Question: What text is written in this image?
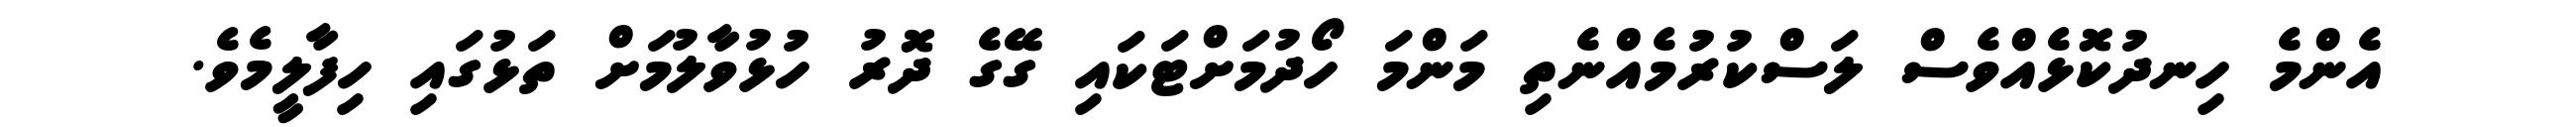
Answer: އެންމެ ހިނދުކޮޅެއްވެސް ލަސްކުރުމެއްނެތި މަންމަ ހޯދުމަށްޓަކައި ގޭގެ ދޮރު ހުޅުވާލުމަށް ތަޅުގައި ހިފާލީމެވެ.